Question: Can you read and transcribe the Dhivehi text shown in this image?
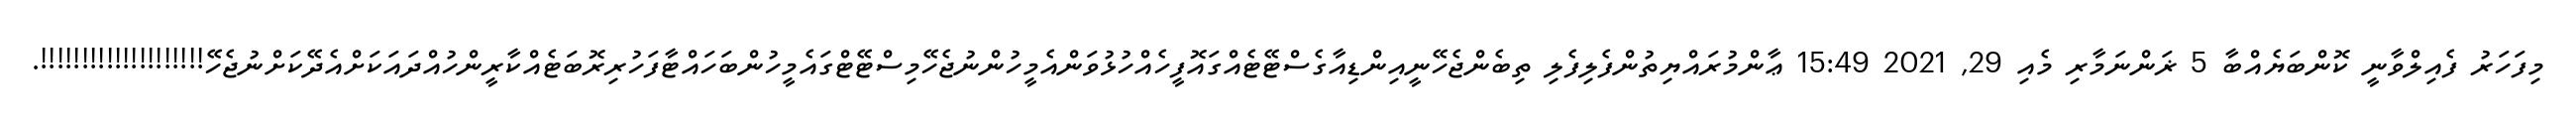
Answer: މިފަހަރު ފެއިލްވާނީ ކޮންބަޔެއްބާ 5 ޜަންނަމާރި މެއި 29, 2021 15:49 ޢާންމުރައްޔިތުންފެލިފެލި ތިބެންޖެހޭނީއިންޑިއާގެސްޓޭޓެއްގައޮފީހެއްހުޅުވަންއެމީހުންނުޖެހޭމިސްޓޭޓްގައެމީހުންބަހައްޓާފަހުރިރޮބަޓެއްކާރީންހުއްދައަކަށްއެދޭކަށްނުޖެހޭ!!!!!!!!!!!!!!!!!!!!.